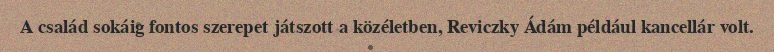
A család sokáig fontos szerepet játszott a közéletben, Reviczky Ádám például kancellár volt.